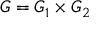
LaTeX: G = G _ { 1 } \times G _ { 2 }